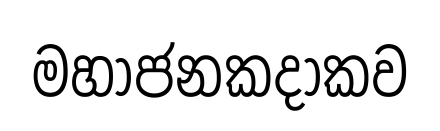
මහාජනකදාකව